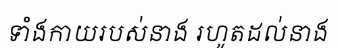
ទាំងកាយរបស់នាង រហូតដល់នាង